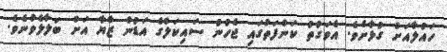
ހައުލާއަށް ގުޅާށެވެ. އެވަގުތު ކަންފަތުގައި ޖެހުނު ސައިކަލްގެ އަޑުން ޒާޔާ އަށް ބަލާލެވުނެވެ.